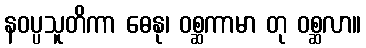
နဝပ္ပသူတိကာ ဓေနု၊ ဝစ္ဆကာမာ တု ဝစ္ဆလာ။